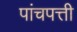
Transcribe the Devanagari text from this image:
पांचपत्ती